Plague in India, 1896, 1897 - Volume 1
Year: 1896
Disease focus: Plague
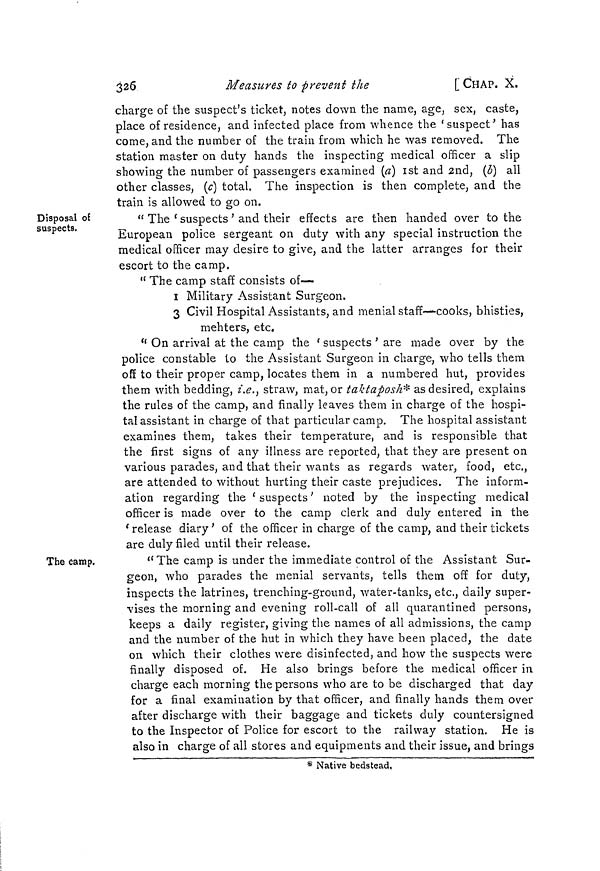
325
Measures to prevent the
[CHAP. X.
charge of the suspect's ticket, notes down the name, age, sex, caste,
place of residence, and infected place from whence the 'suspect' has
come, and the number of the train from which he was removed. The
station master on duty hands the inspecting medical officer a slip
showing the number of passengers examined (a] 1st and 2nd, (b) all
other classes, (c) total. The inspection is then complete, and the
train is allowed to go on.
Disposal of
suspects.
" The ' suspects ' and their effects are then handed over to the
European police sergeant on duty with any special instruction the
medical officer may desire to give, and the latter arranges for their
escort to the camp.
" The camp staff consists of—
1 Military Assistant Surgeon.
3 Civil Hospital Assistants, and menial staff—cooks, bhisties,
mehters, etc.
" On arrival at the camp the ' suspects ' are made over by the
police constable to the Assistant Surgeon in charge, who tells them
off to their proper camp, locates them in a numbered hut, provides
them with bedding, i.e., straw, mat, or taktaposh* as desired, explains
the rules of the camp, and finally leaves them in charge of the hospi-
tal assistant in charge of that particular camp. The hospital assistant
examines them, takes their temperature, and is responsible that
the first signs of any illness are reported, that they are present on
various parades, and that their wants as regards water, food, etc.,
are attended to without hurting their caste prejudices. The inform-
ation regarding the ' suspects ' noted by the inspecting medical
officer is made over to the camp clerk and duly entered in the
' release diary ' of the officer in charge of the camp, and their tickets
are duly filed until their release.
The camp.
" The camp is under the immediate control of the Assistant Sur-
geon, who parades the menial servants, tells them off for duty,
inspects the latrines, trenching-ground, water-tanks, etc., daily super-
vises the morning and evening roll-call of all quarantined persons,
keeps a daily register, giving the names of all admissions, the camp
and the number of the hut in which they have been placed, the date
on which their clothes were disinfected, and how the suspects were
finally disposed of. He also brings before the medical officer in
charge each morning the persons who are to be discharged that day
for a final examination by that officer, and finally hands them over
after discharge with their baggage and tickets duly countersigned
to the Inspector of Police for escort to the railway station. He is
also in charge of all stores and equipments and their issue, and brings
* Native bedstead,